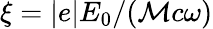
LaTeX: \xi=|e|E_{0}/(\mathcal{M}c\omega)